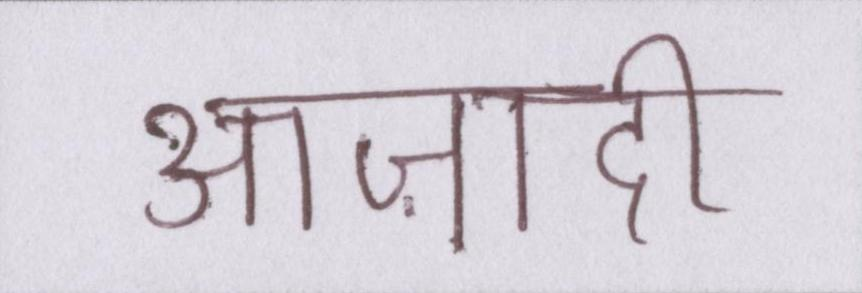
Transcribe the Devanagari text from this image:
आज़ादी